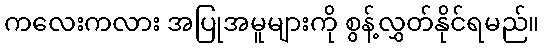
ကလေးကလား အပြုအမူများကို စွန့်လွှတ်နိုင်ရမည်။